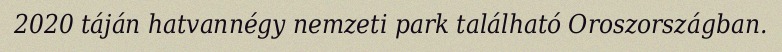
2020 táján hatvannégy nemzeti park található Oroszországban.